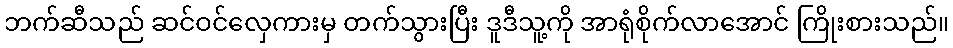
ဘက်ဆီသည် ဆင်ဝင်လှေကားမှ တက်သွားပြီး ဒူဒီသူ့ကို အာရုံစိုက်လာအောင် ကြိုးစားသည်။